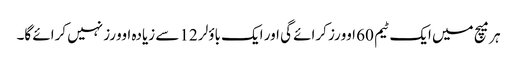
ہر میچ میں ایک ٹیم 60 اوورز کرائے گی اور ایک باؤلر 12 سے زیادہ اوورز نہیں کرائے گا۔